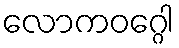
လောကဝဂ္ဂေါ